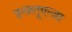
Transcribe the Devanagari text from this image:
इन्फ़्लूएन्ज़ा